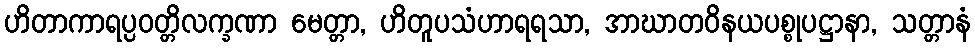
ဟိတာကာရပ္ပဝတ္တိလက္ခဏာ မေတ္တာ, ဟိတူပသံဟာရရသာ, အာဃာတဝိနယပစ္စုပဋ္ဌာနာ, သတ္တာနံ